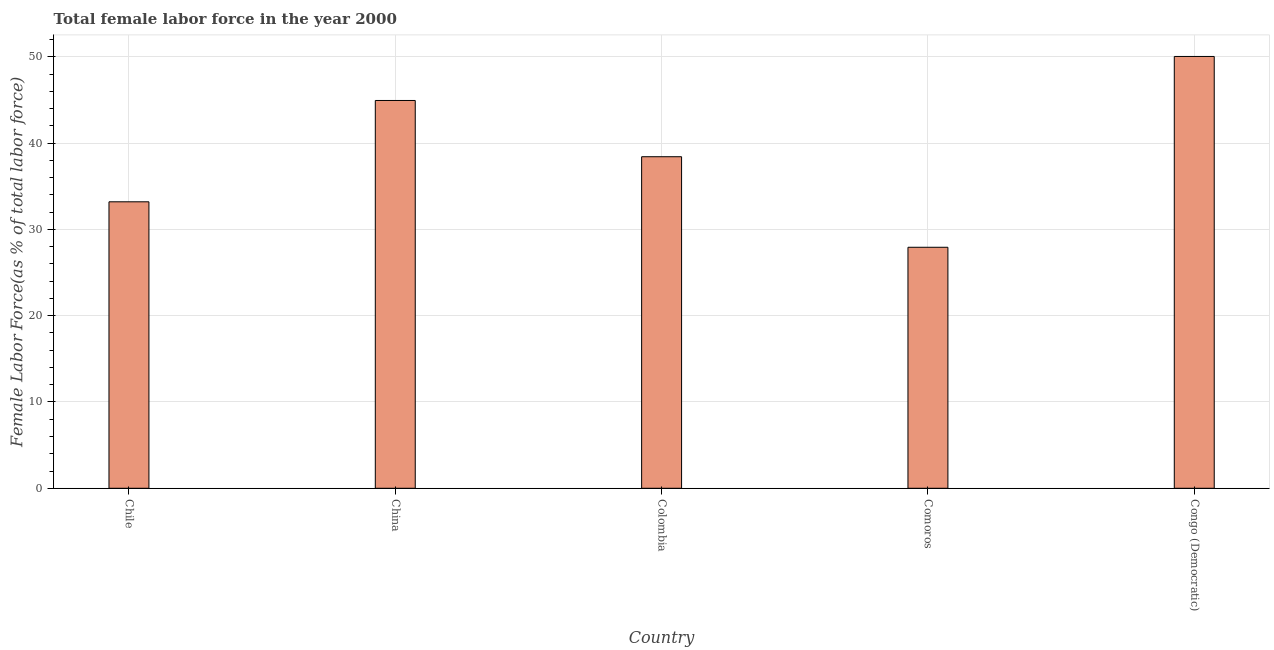
| Country | Female Labor force |
 | --- | --- |
 | Chile | 33.2 |
 | China | 44.9 |
 | Colombia | 38.4 |
 | Comoros | 27.9 |
 | Congo (Democratic) | 50 |